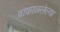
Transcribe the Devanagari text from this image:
बोकाळलेल्या